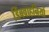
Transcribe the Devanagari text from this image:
डिंबवाहनियों